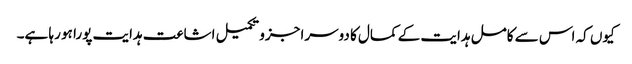
کیوں کہ اس سے کامل ہدایت کے کمال کا دوسرا جزو تکمیل اشاعت ہدایت پورا ہو رہا ہے۔